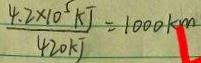
\frac { 4 . 2 \times 1 0 ^ { 5 } k J } { 4 2 0 k J } = 1 0 0 0 k m